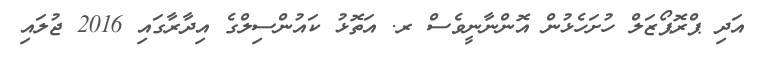
އަދި ޕްރޮޕޯޒަލް ހުށަހެޅުން އޮންނާނީވެސް ރ. އަތޮޅު ކައުންސިލްގެ އިދާރާގައި 2016 ޖުލައި